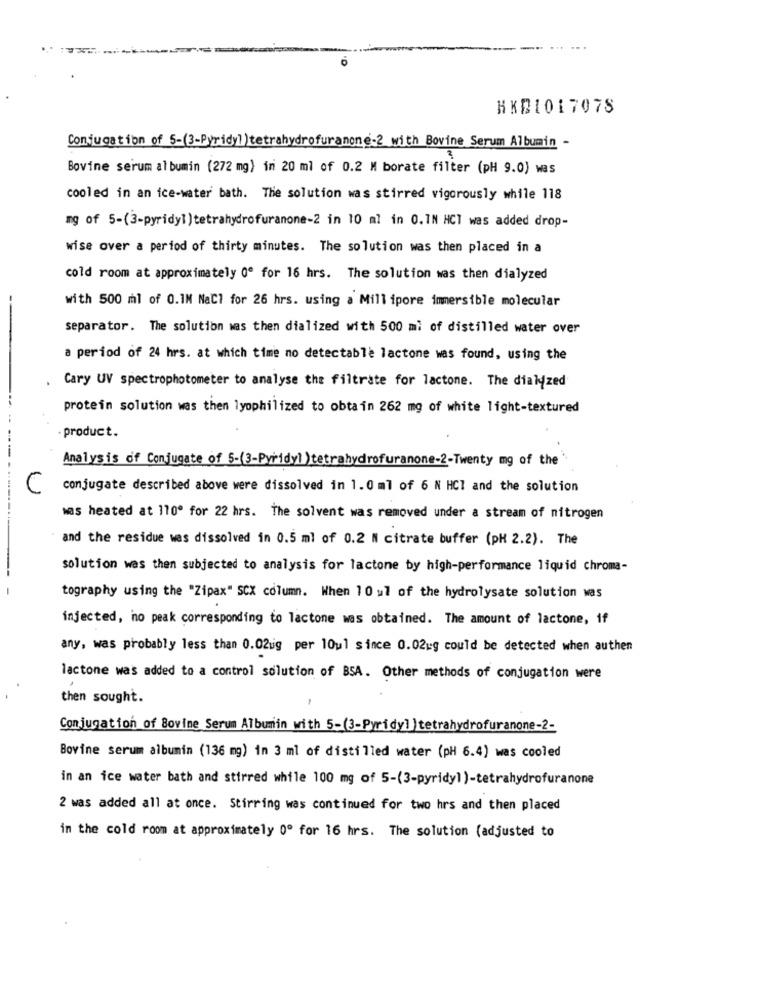
HKD101707S
Conjugation of 5-(3-Pyridyl )tetrahydrofuranone-2 with Bovine Serum Albumin -
Bovine serum albumin (272 mg) in 20 ml of 0.2 M borate filter (pH 9.0) was
cooled in an ice-water bath. The solution was stirred vigorously while 118
mg of 5-(3-pyridyl) tetrahydrofuranone-2 in 10 ml in 0.IN HCT was added drop-
wise over a period of thirty minutes. The solution was then placed in a
cold room at approximately 0º for 16 hrs. The solution was then dialyzed
with 500 ml of 0.1M NaCl for 26 hrs. using a Millipore immersible molecular
separator. The solution was then dialized with 500 mi of distilled water over
a period of 24 hrs. at which time no detectable lactone was found, using the
Cary UV spectrophotometer to analyse the filtrate for lactone. The dialyzed
protein solution was then lyophilized to obtain 262 mg of white light-textured
-product.
Analysis of Conjugate of 5-(3-Pyridyl ) tetrahydrofuranone-2-Twenty mg of the
conjugate described above were dissolved in 1.0 ml of 6 N HCI and the solution
-------
was heated at 110º for 22 hrs. The solvent was removed under a stream of nitrogen
and the residue was dissolved in 0.5 ml of 0.2 N citrate buffer (pH 2.2). The
solution was then subjected to analysis for lactone by high-performance liquid chroma-
tography using the "Zipax" SCX column. When 10 ul of the hydrolysate solution was
injected, ho peak corresponding to lactone was obtained. The amount of lactone, if
any, was probably less than 0.02ug per 10ul since 0.02ug could be detected when authen
lactone was added to a control solution of BSA. Other methods of conjugation were
then sought.
-
Conjugation of Bovine Serum Albumin with 5-(3-Pyridy)) tetrahydrofuranone-2-
Bovine serum albumin (136 mg) in 3 ml of distilled water (pH 6.4) was cooled
in an ice water bath and stirred while 100 mg of 5-(3-pyridyl )-tetrahydrofuranone
2 was added all at once. Stirring was continued for two hrs and then placed
in the cold room at approximately 0º for 16 hrs. The solution (adjusted to